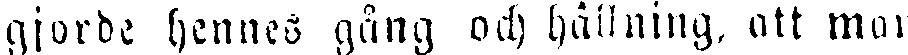
gjorde hennes gång och hållning, att man